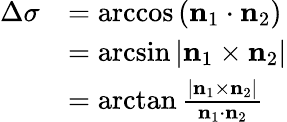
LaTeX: {\begin{array}{rl}{\Delta\sigma}&{=\operatorname{arccos}\left(\mathbf{n}_{1}\cdot\mathbf{n}_{2}\right)}\\ &{=\arcsin\left|\mathbf{n}_{1}\times\mathbf{n}_{2}\right|}\\ &{=\arctan{\frac{\left|\mathbf{n}_{1}\times\mathbf{n}_{2}\right|}{\mathbf{n}_{1}\cdot\mathbf{n}_{2}}}}\end{array}}